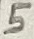
Text: 5